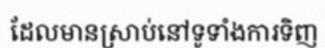
ដែលមានស្រាប់នៅទូទាំងការទិញ